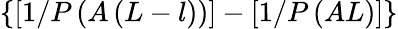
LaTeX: \{ [1/P\left(A\left(L-l\right)\right)]-[1/P\left(AL\right)]\}